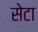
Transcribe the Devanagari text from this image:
सेटा